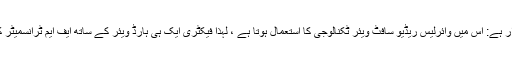
3 تقریب ایف ایم ٹرانسمیٹر کی لچکدار ہے: اس میں وائرلیس ریڈیو سافٹ ویئر ٹکنالوجی کا استعمال ہوتا ہے ، لہذا فیکٹری ایک ہی ہارڈ ویئر کے ساتھ ایف ایم ٹرانسمیٹر کے مختلف فنکشن تیار کرسکتی ہے۔